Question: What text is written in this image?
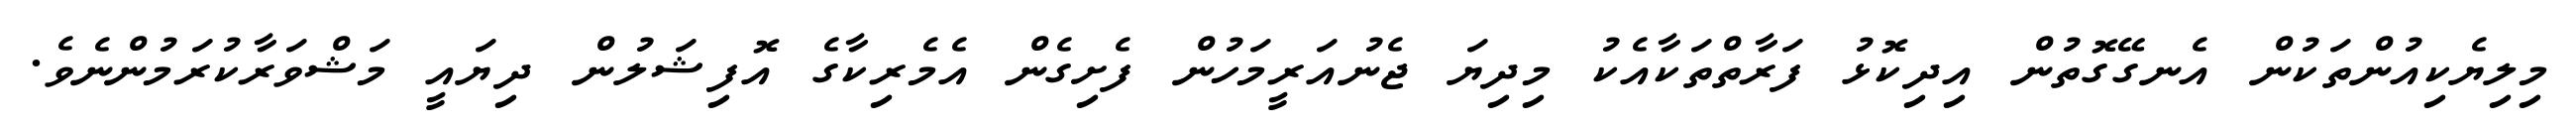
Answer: މިލިޔެކިއުންތަކުން އެނގޭގޮތުން އިދިކޮޅު ފަރާތްތަކާއެކު މިދިޔަ ޖެނުއަރީމަހުން ފެށިގެން އެމެރިކާގެ އޮފިޝަލުން ދިޔައީ މަޝްވަރާކުރަމުންނެވެ.